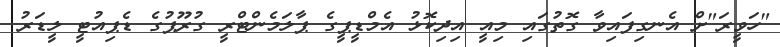
"ހަވީރަ"ށް އެނގިފައިވާ ގޮތުގައި މިއީ އިދިކޮޅު އެމްޑީޕީގެ ޕާލަމެންޓްރީ ގުރޫޕުގެ ޑެޕިއުޓީ ލީޑަރު